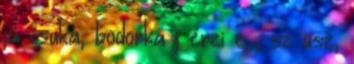
já csuka, bodorka j érzi e , sz üsz,